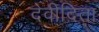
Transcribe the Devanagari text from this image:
देवीदिता